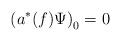
LaTeX: \begin{align*}\;\left( a^{*}(f)\Psi \right) _{0}=0\end{align*}